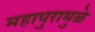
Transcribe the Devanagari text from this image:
महापुरामुळे